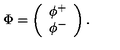
\nonumber \Phi = \left( \begin{array} { c } { \phi ^ { + } } \\ { \phi ^ { - } } \\ \end{array} \right) .